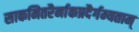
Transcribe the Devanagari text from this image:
साकमितरैर्नाकप्रदैर्गम्यताम्